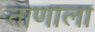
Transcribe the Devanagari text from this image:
ताणाला